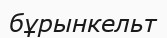
бұрынкельт